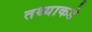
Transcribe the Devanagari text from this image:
तथ्याकडे